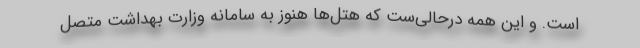
است. و این همه درحالی‌ست که هتل‌ها هنوز به سامانه وزارت بهداشت متصل